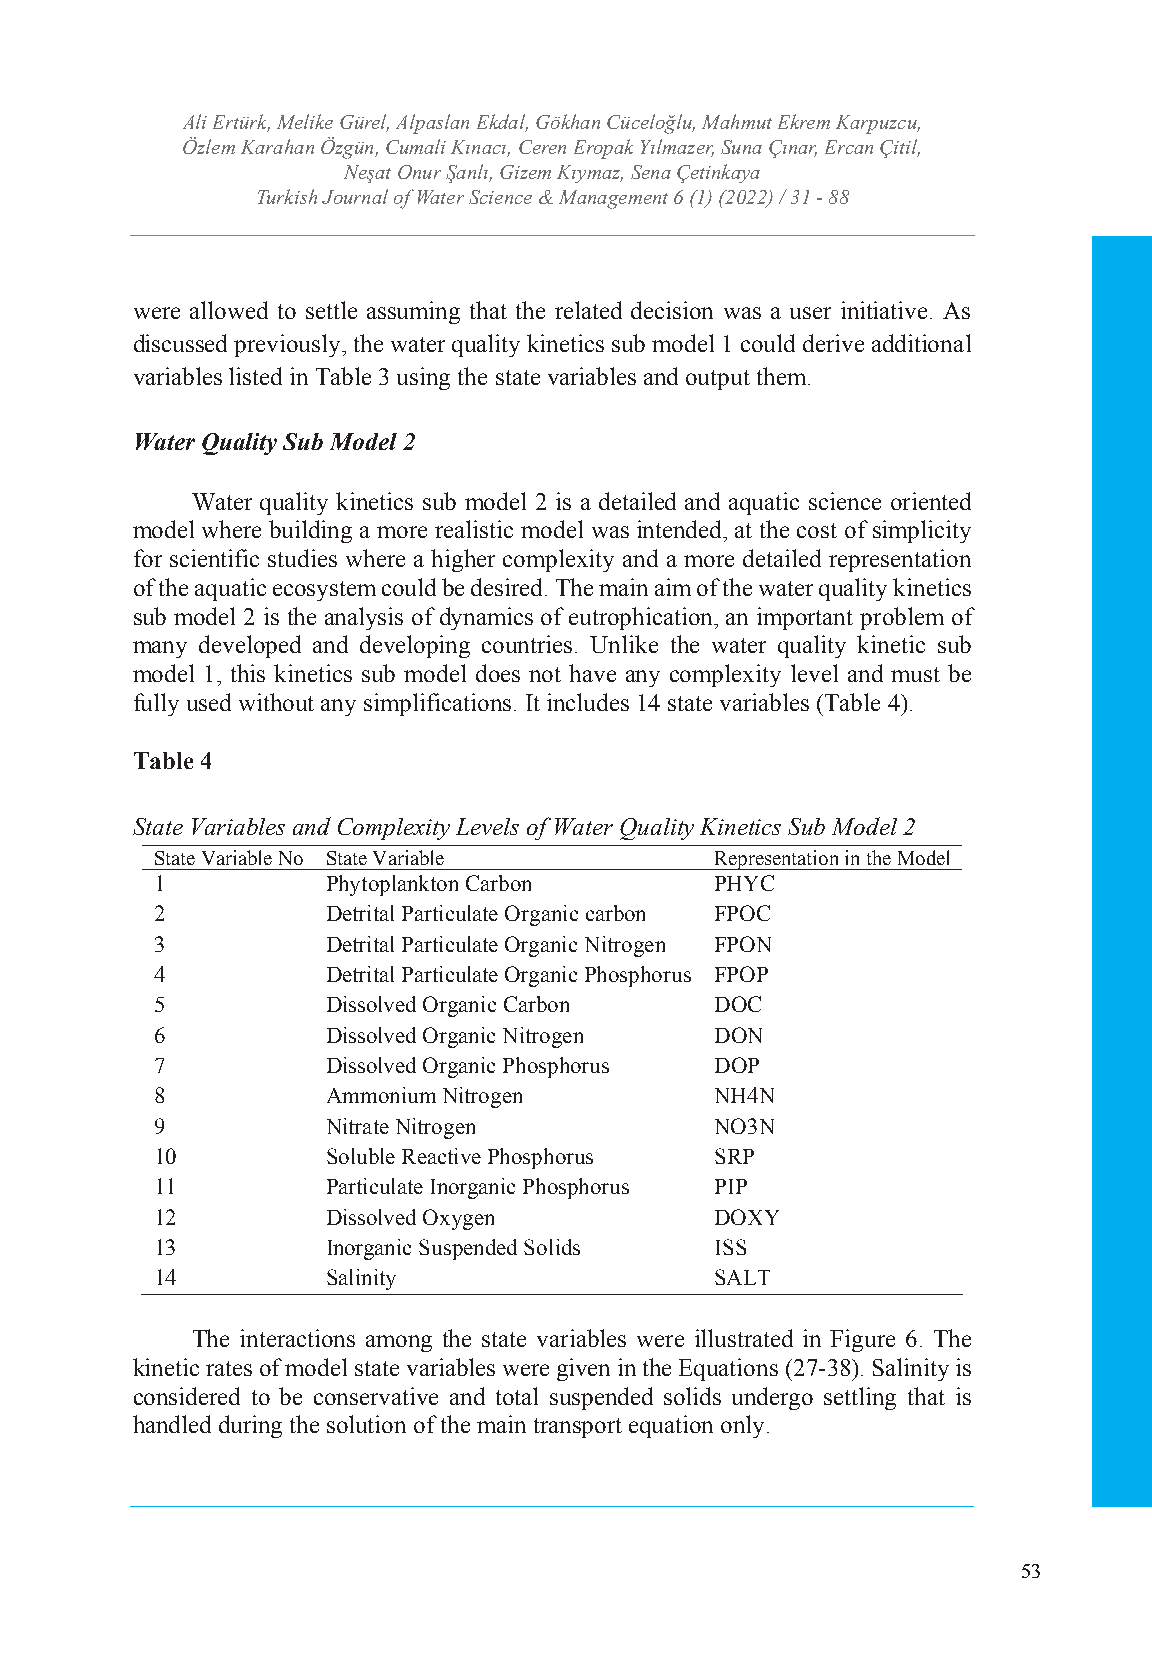
Ali Ertürk, Melike GTüurrekli,s Ahl pJoauslranna lE okfd Wala, tGerö Skhciaenn cCeü &ce lMoğalnua, gMemahemntut Ekrem Karpuzcu,
 Özlem Karahan Özgün, CumIaSlSiN K: ı2n5a36c ı4,7 C4Xe r/e en-I SESrNo:p 2a5k6 4Y-7ıl3m34azer, Suna Çınar, Ercan Çitil,
 Neşat Onur Şanlı, Gizem Kıymaz, Sena Çetinkaya
 Volume: 6 Issue: 1 Year: 2022
 Turkish Journal of Water Science & Management 6 (1) (2022) / 31 - 88
 were allowed to settle assuming that the related decision was a user initiative. As
 discussed previously, the water quality kinetics sub model 1 could derive additional
 variables listed in Table 3 using the state variables and output them.
 Water Quality Sub Model 2
 Water quality kinetics sub model 2 is a detailed and aquatic science oriented
 model where building a more realistic model was intended, at the cost of simplicity
 for scientific studies where a higher complexity and a more detailed representation
 of the aquatic ecosystem could be desired. The main aim of the water quality kinetics
 sub model 2 is the analysis of dynamics of eutrophication, an important problem of
 many developed and developing countries. Unlike the water quality kinetic sub
 model 1, this kinetics sub model does not have any complexity level and must be
 fully used without any simplifications. It includes 14 state variables (Table 4).
 Table 4
 State Variables and Complexity Levels of Water Quality Kinetics Sub Model 2
 State Variable No State Variable     Representation in the Model
 1           Phytoplankton Carbon     PHYC
 2           Detrital Particulate Organic carbon FPOC
 3           Detrital Particulate Organic Nitrogen FPON
 4           Detrital Particulate Organic Phosphorus FPOP
 5           Dissolved Organic Carbon DOC
 6           Dissolved Organic Nitrogen DON
 7           Dissolved Organic Phosphorus DOP
 8           Ammonium Nitrogen        NH4N
 9           Nitrate Nitrogen         NO3N
 10          Soluble Reactive Phosphorus SRP
 11          Particulate Inorganic Phosphorus PIP
 12          Dissolved Oxygen         DOXY
 13          Inorganic Suspended Solids ISS
 14          Salinity                 SALT
 The interactions among the state variables were illustrated in Figure 6. The
 kinetic rates of model state variables were given in the Equations (27-38). Salinity is
 considered to be conservative and total suspended solids undergo settling that is
 handled during the solution of the main transport equation only.
 53